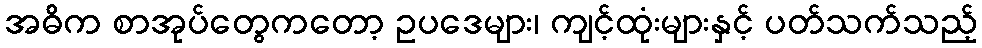
အဓိက စာအုပ်တွေကတော့ ဥပဒေများ၊ ကျင့်ထုံးများနှင့် ပတ်သက်သည့်